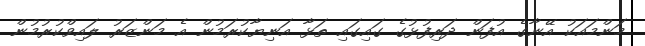
މަންމައަކު އޭނާގެ އުފަން ދަރިފުޅުގެ ގައިގައި ތަޅާ އަނިޔާކުރަމުން އެ މަންޒަރު ލައިވްކުރުމުން